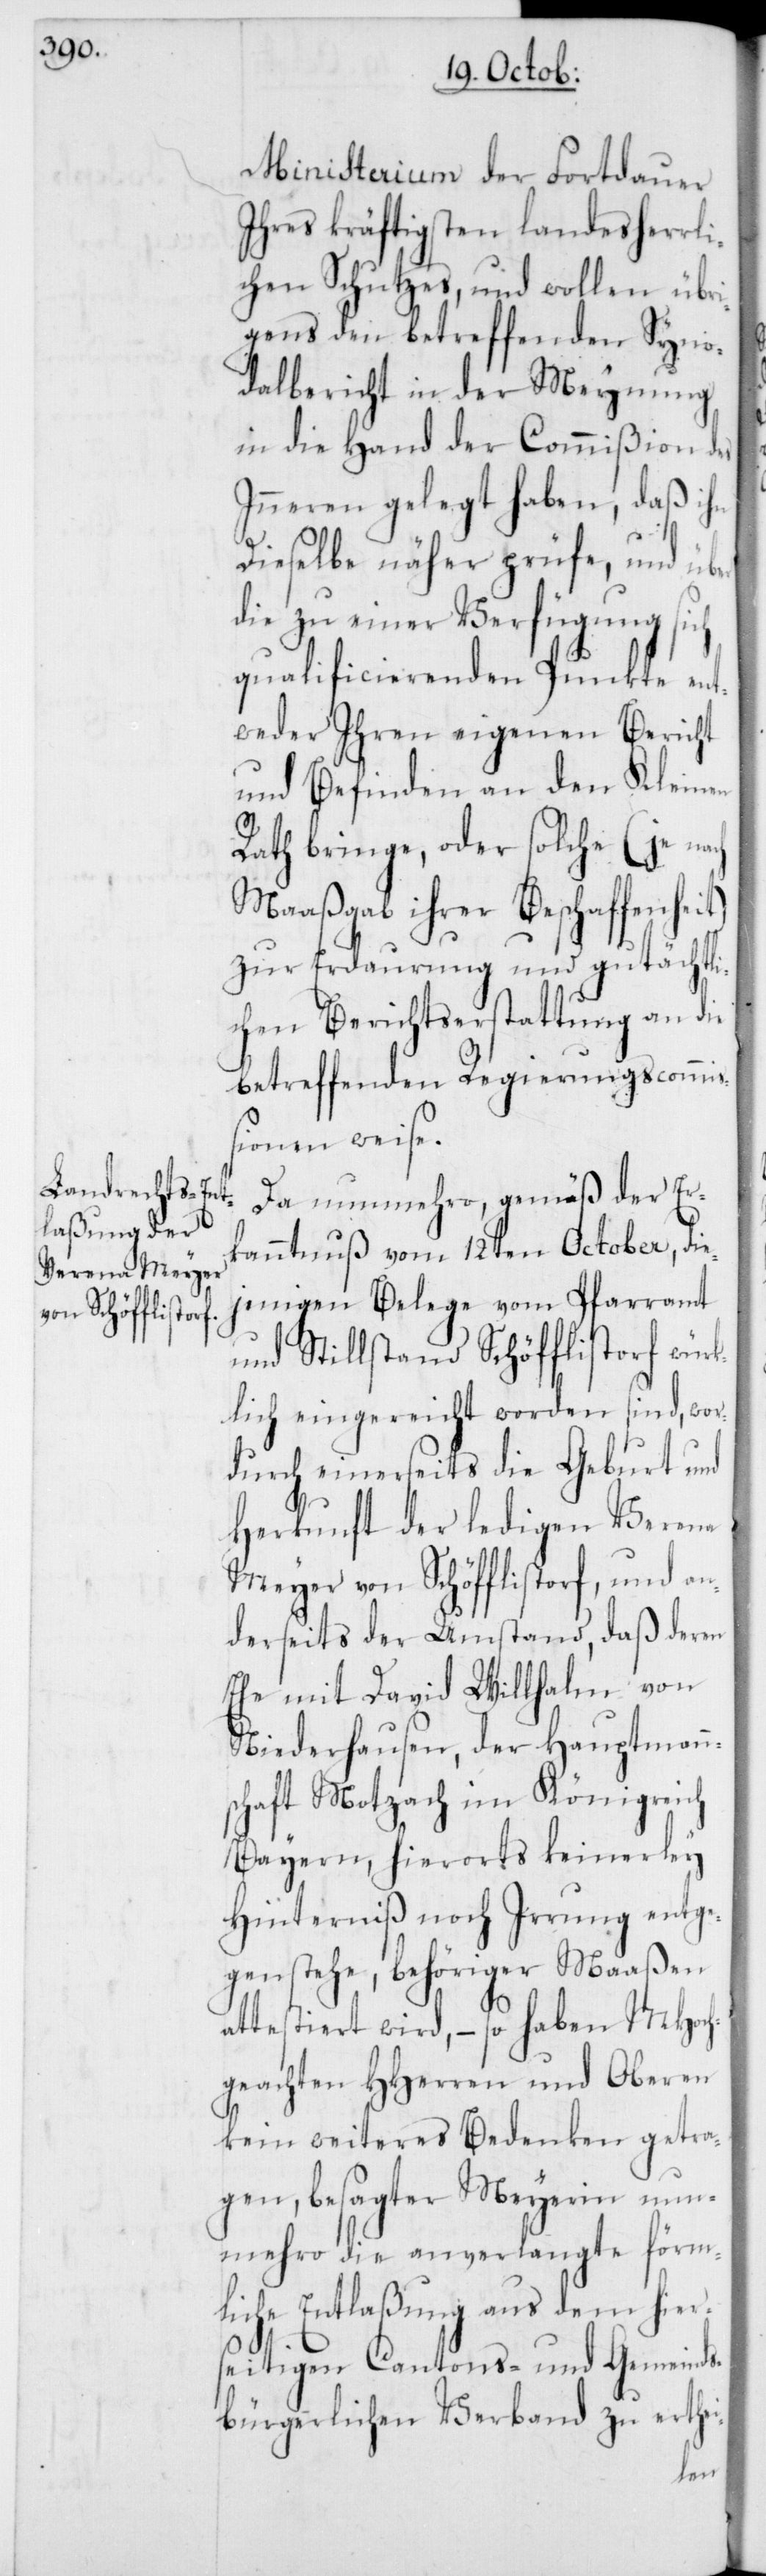
Ministerium der Fortdauer
Ihres kräftigsten landesherrli¬
chen Schutzes, und wollen übr¬
igens den betreffenden den Syno¬
dalbericht in der Meynung
in die Hand der Commißion des
Inneren gelegt haben, daß ihn
Dieselbe näher prüfe, und über
die zu einer Verfügung sich
qualificierenden Punkte ent¬
weder ihren eigenen Bericht
und Befinden an den Kleinen
Rath bringe, oder solche (je nach
Maaßgabe ihrer Beschaffenheit)
zur Erdaurung und gutächtli¬
chen Berichtserstattung an die
betreffenden Regierungscommiß¬
ionen weise.
Da nunmehro, gemäß der Er¬
kanntnuß vom 12ten October, die¬
jenigen Belege vom Pfarramt
und Stillstand Schöfflistorf würk¬
lich eingereicht worden sind, wor¬
durch einerseits die Geburt und
Herkunft der ledigen Verena
Meyer von Schöfflistorf, und an¬
derseits der Umstand, daß deren
Ehe mit David Willhahn von
Niederhausen, der Hauptmann¬
schaft Motzach im Königreich
Bayern, hierorts keinerley
Hinderniß noch Irrung entge¬
genstehe, behöriger Maaßen
attestiert wird, – so haben MHoch¬
geachten HHerren und Oberen
kein weiteres Bedenken getra¬
gen, besagter Meyerin nun¬
mehro die anverlangte förm¬
liche Entlaßung aus dem hier¬
seitigen Cantons- und Gemeinds¬
bürgerlichen Verband zu erthei-